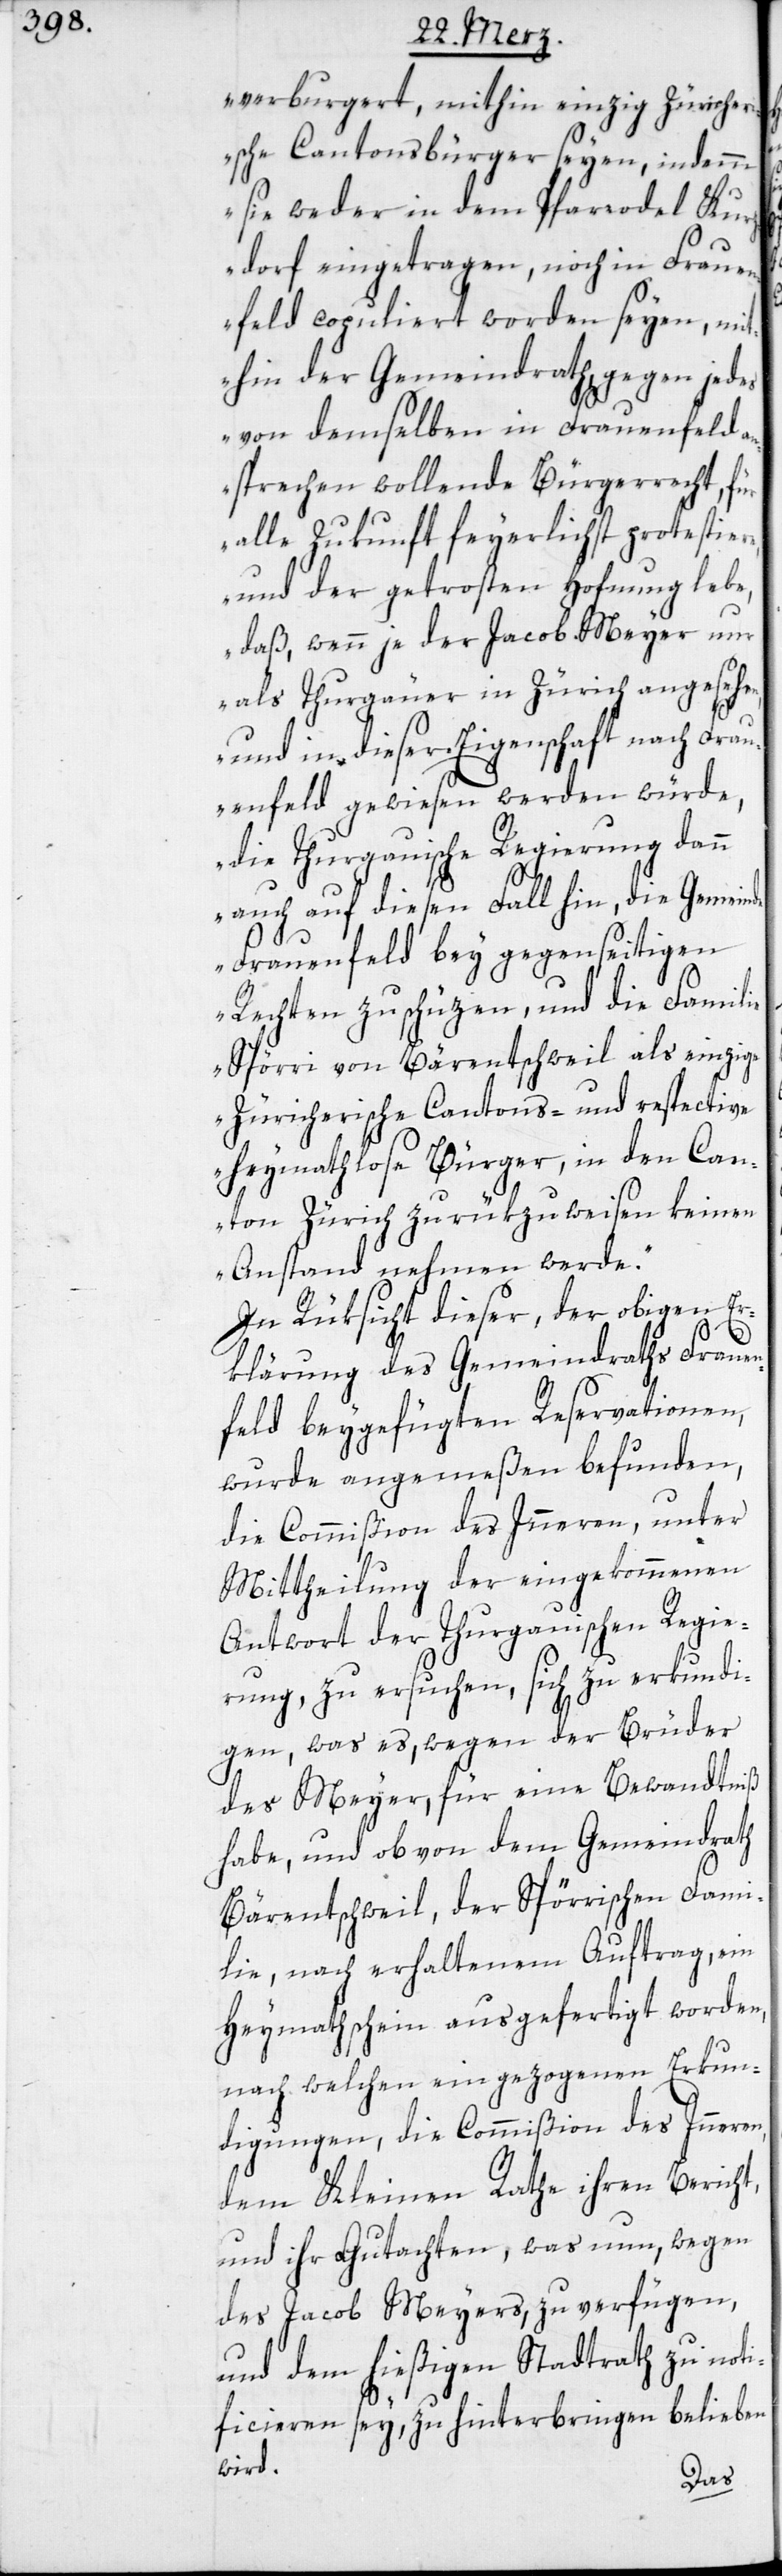
verburgert, mithin einzig Zürcher¬
ische Cantonsbürger seyen, indemm
sie weder in dem Pfarrodel Kurz¬
dorf eingetragen, noch in Fraue¬
nfeld copuliert worden seyen, mit¬
hin der Gemeindrath gegen jede¬
s von demselben in Frauenfeld a¬
nsprechen wollende Bürgerrecht, für
alle Zukunft feyerlichst protestiere,
und der getrosten Hofnung lebe,
daß, wenn je der Jacob Meyer nur
als Thurgäuer in Zürich angesehen,
und in dieser Eigenschaft nach Frau¬
enfeld gewiesen werden würde,
die Thurgauische Regierung dann
auf diesen Fall hin, die Gemein¬
Frauenfeld bey gegenseitigen
Rechten zu schüzen, und die Familie
Spörri von Bärentschweil als einzige
Zürcherische Cantons- und respective
heymathlose Bürger, in den Can¬
ton Zürich zurükzuweisen keinen
Anstand nehmen werde“.
In Rüksicht dieser, der obigen Er¬
de
klärung des Gemeindraths Frauen¬
feld beygefügten Reservationen,
wurde angemeßen befunden,
die Commißion des Inneren, unter
Mittheilung der eingekommenen
Antwort der Thurgauischen Regie¬
rung, zu ersuchen, sich zu erkundi¬
gen, was es, wegen der Brüder
des Meyer, für eine Bewandtniß
habe, und ob von dem Gemeindrath
Bärentschweil, der Spörrischen Fami¬
lie, nach erhaltenem Auftrag, ein
Heymathschein ausgefertigt worden,
nach welchen eingezogenen Erkun¬
digungen, die Commißion des Inneren,
dem Kleinen Rathe ihren Bericht
und ihr Gutachten, was nun wegen
des Jacob Meyers zu verfügen,
und dem hießigen Stadtrath zu noti¬
ficieren sey, zu hinterbringen belieben
wird.